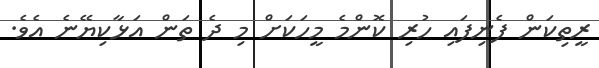
ރީތިކަން ފެނިފައި ހުރި ކޮންމެ މީހަކަށް މި ދެ ތަން އަޅާކިޔޭނެ އެވެ.